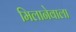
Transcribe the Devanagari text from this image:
मिलानेवाला